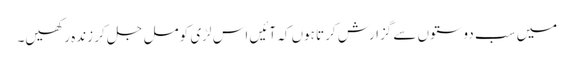
میں سب دوستوں سے گزارش کرتا ہوں کہ آئیں اس لڑی کو مل جل کر زندہ رکھیں۔